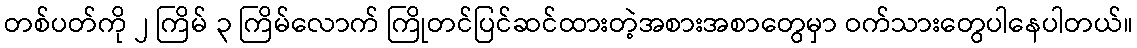
တစ်ပတ်ကို ၂ ကြိမ် ၃ ကြိမ်လောက် ကြိုတင်ပြင်ဆင်ထားတဲ့အစားအစာတွေမှာ ဝက်သားတွေပါနေပါတယ်။